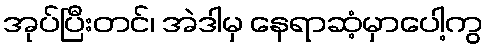
အုပ်ပြီးတင်၊ အဲဒါမှ နေရာဆံ့မှာပေါ့ကွ